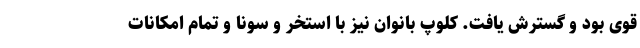
قوی بود و گسترش یافت. کلوپ بانوان نیز با استخر و سونا و تمام امکانات